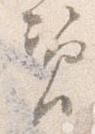
資